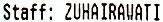
STAFF: ZUHAIRAWATI